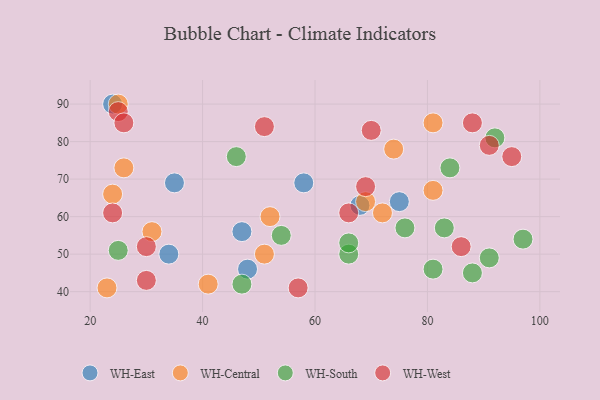
{"axis": {"x": "GDP", "y": "Life Expectancy"}, "legend": ["WH-Central", "WH-East", "WH-South", "WH-West"], "data": [{"x": "48", "y": 46, "type": "WH-East"}, {"x": "75", "y": 64, "type": "WH-East"}, {"x": "68", "y": 63, "type": "WH-East"}, {"x": "47", "y": 56, "type": "WH-East"}, {"x": "34", "y": 50, "type": "WH-East"}, {"x": "24", "y": 90, "type": "WH-East"}, {"x": "58", "y": 69, "type": "WH-East"}, {"x": "35", "y": 69, "type": "WH-East"}, {"x": "26", "y": 73, "type": "WH-Central"}, {"x": "24", "y": 66, "type": "WH-Central"}, {"x": "74", "y": 78, "type": "WH-Central"}, {"x": "23", "y": 41, "type": "WH-Central"}, {"x": "81", "y": 85, "type": "WH-Central"}, {"x": "72", "y": 61, "type": "WH-Central"}, {"x": "25", "y": 90, "type": "WH-Central"}, {"x": "81", "y": 67, "type": "WH-Central"}, {"x": "41", "y": 42, "type": "WH-Central"}, {"x": "69", "y": 64, "type": "WH-Central"}, {"x": "51", "y": 50, "type": "WH-Central"}, {"x": "52", "y": 60, "type": "WH-Central"}, {"x": "31", "y": 56, "type": "WH-Central"}, {"x": "54", "y": 55, "type": "WH-South"}, {"x": "97", "y": 54, "type": "WH-South"}, {"x": "81", "y": 46, "type": "WH-South"}, {"x": "46", "y": 76, "type": "WH-South"}, {"x": "76", "y": 57, "type": "WH-South"}, {"x": "88", "y": 45, "type": "WH-South"}, {"x": "66", "y": 50, "type": "WH-South"}, {"x": "92", "y": 81, "type": "WH-South"}, {"x": "66", "y": 53, "type": "WH-South"}, {"x": "84", "y": 73, "type": "WH-South"}, {"x": "47", "y": 42, "type": "WH-South"}, {"x": "91", "y": 49, "type": "WH-South"}, {"x": "83", "y": 57, "type": "WH-South"}, {"x": "25", "y": 51, "type": "WH-South"}, {"x": "25", "y": 88, "type": "WH-West"}, {"x": "51", "y": 84, "type": "WH-West"}, {"x": "86", "y": 52, "type": "WH-West"}, {"x": "91", "y": 79, "type": "WH-West"}, {"x": "30", "y": 43, "type": "WH-West"}, {"x": "95", "y": 76, "type": "WH-West"}, {"x": "24", "y": 61, "type": "WH-West"}, {"x": "57", "y": 41, "type": "WH-West"}, {"x": "30", "y": 52, "type": "WH-West"}, {"x": "70", "y": 83, "type": "WH-West"}, {"x": "26", "y": 85, "type": "WH-West"}, {"x": "88", "y": 85, "type": "WH-West"}, {"x": "69", "y": 68, "type": "WH-West"}, {"x": "66", "y": 61, "type": "WH-West"}]}